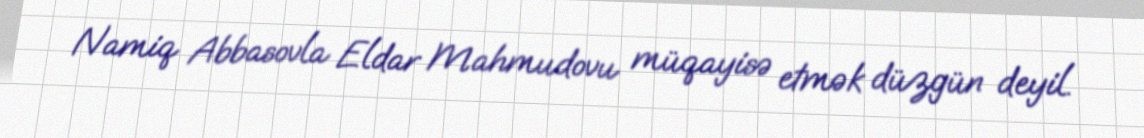
Namiq Abbasovla Eldar Mahmudovu müqayisə etmək düzgün deyil.